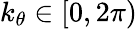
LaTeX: k_{\theta}\in[0,2\pi)